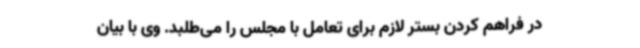
در فراهم کردن بستر لازم برای تعامل با مجلس را می‌طلبد. وی با بیان